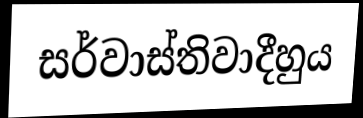
සර්වාස්තිවාදීහුය